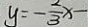
y = - \frac { 2 } { 3 } x -